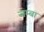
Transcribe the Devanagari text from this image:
जम्बा